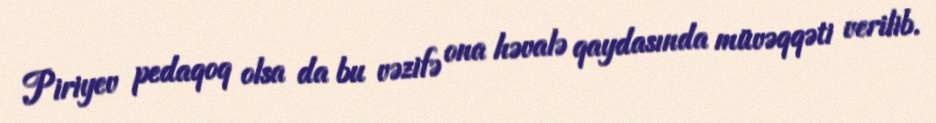
Piriyev pedaqoq olsa da bu vəzifə ona həvalə qaydasında müvəqqəti verilib.